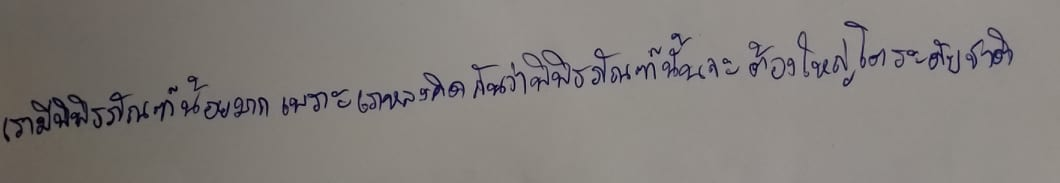
เรามีพิพิธภัณฑ์น้อยมากเพราะเราหลงคิดกันว่าพิพิธภัณฑ์นั้นจะต้องใหญ่โตระดับชาติ